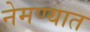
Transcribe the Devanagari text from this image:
नेमण्‍यात